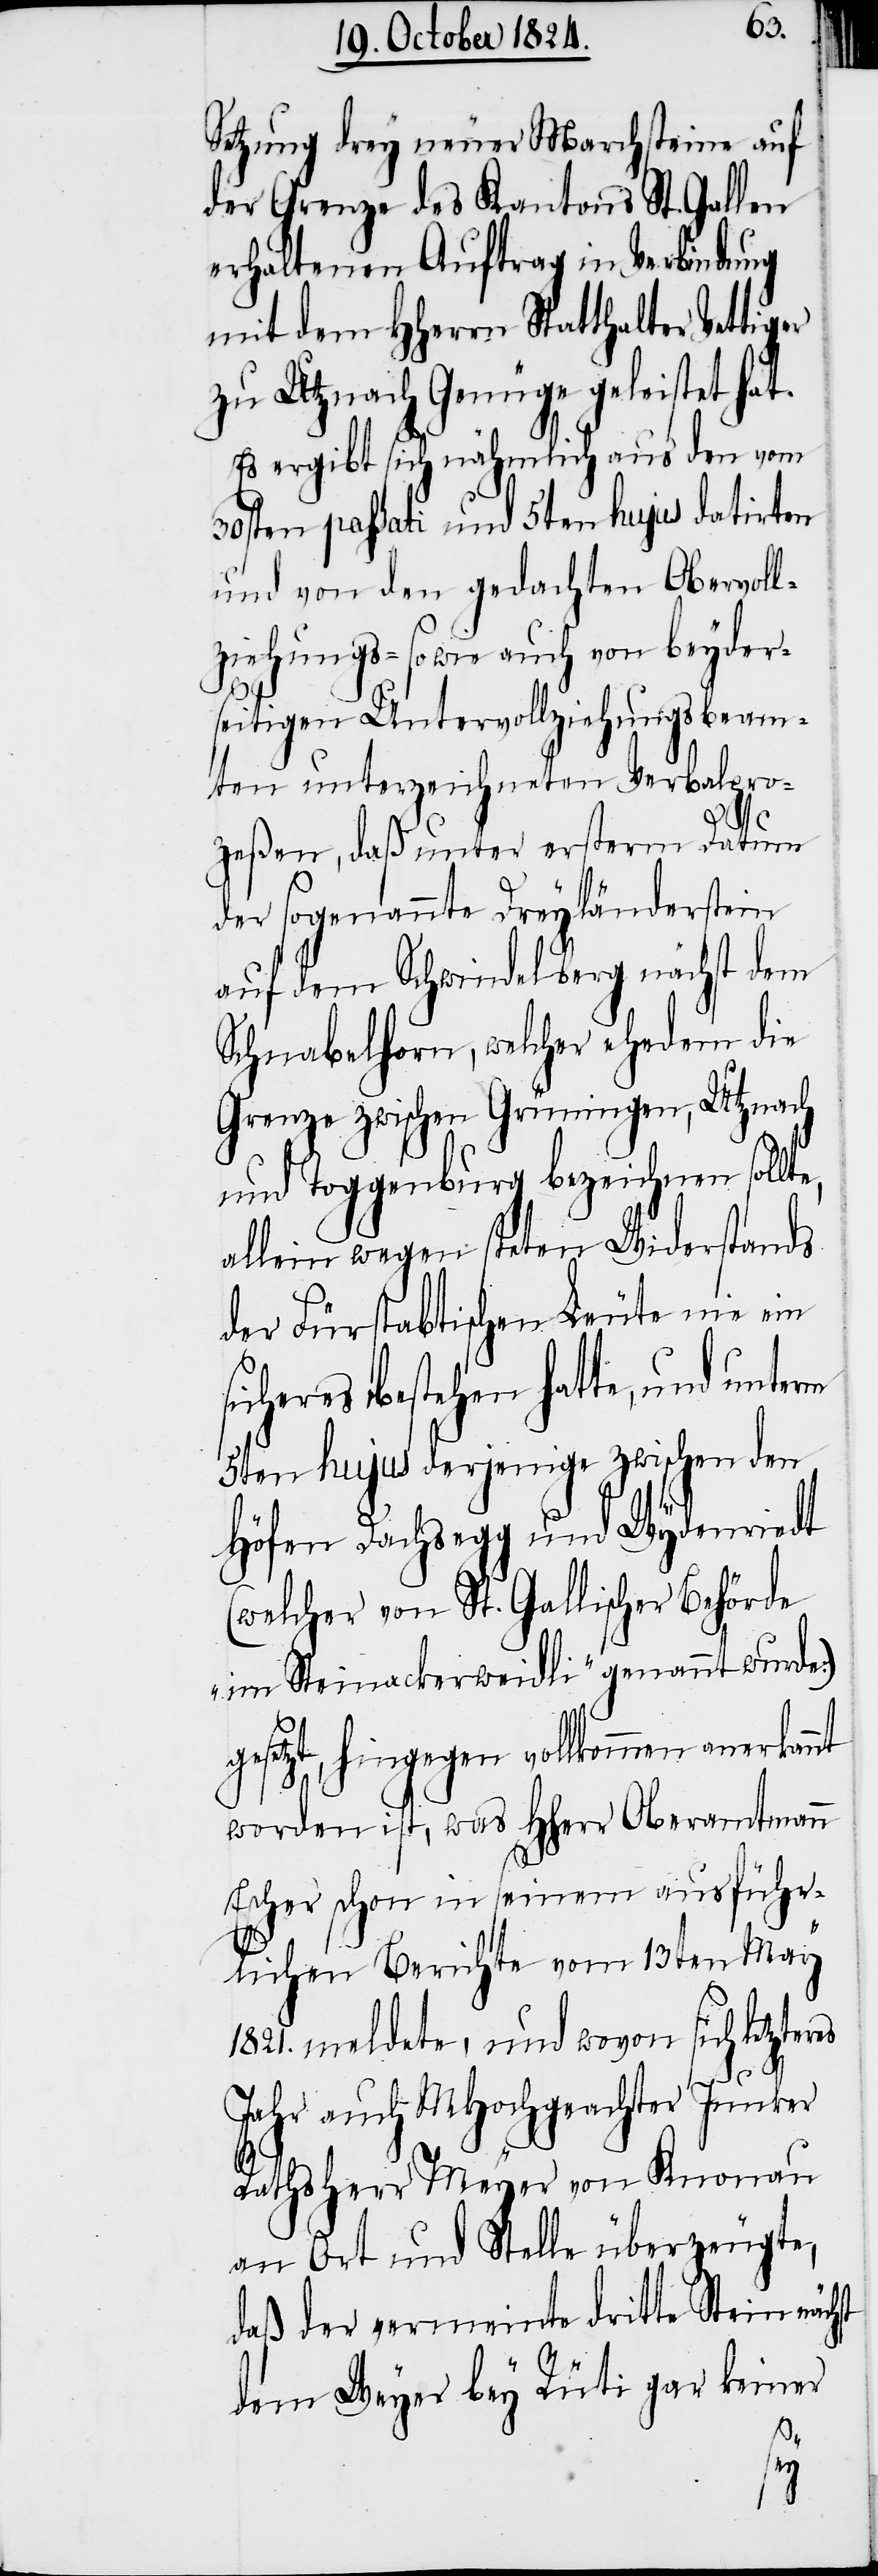
Setzung drey neuer Marchsteine auf
der Grenze des Kantons St. Gallen
erhaltenen Auftrag in Verbindung
mit dem HHerrn Statthalter Vetti¬
zu Utznach Genüge geleistet hat.
Es ergibt sich nähmlich aus den vom
30sten passati und 5ten hujus datirten
und von den gedachten Obervoll¬
ziehungs- sowie auch von beyder¬
seitigen Untervollziehungsbeam¬
ten unterzeichneten Verbalpro¬
ger
zeßen, daß unter ersterm Datum
der sogenannte Dreyländerstein
auf dem Schwindelberg nächst dem
Schnabelhorn, welcher ehedem die
Grenze zwischen Grüningen, Utznach
und Toggenburg bezeichnen sollte,
allein wegen steten Widerstands
der Fürstabtischen Leute nie ein
sicheres Bestehen hatte, und unterm
5ten hujus derjenige zwischen den
Höfen Dachsegg und Wydenriedt
(welcher von St. Gallischer Behörde
„im Steinackerweidli“ genannt wurde:)
gesetzt, hingegen vollkommen anerkannt
worden ist, was HHerr Oberamtmann
Escher schon in seinem ausführ¬
lichen Berichte vom 13ten May
1821. meldete, und wovon sich letzteres
Jahr auch MHochgeachter Junker
Rathsherr Meyer von Knonau
an Ort und Stelle überzeugte,
daß der vermeinte dritte Stein nächst
dem Weyer bey Rüti gar keiner